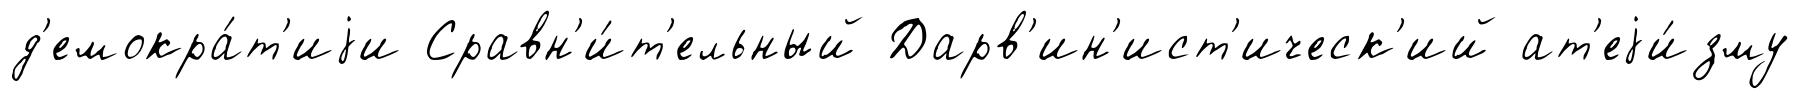
д'емокра́т'иjи Сравн'и́т'ельный Дарв'ин'ист'ическ'ий ат'еjи́зму